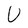
Character: U